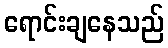
ရောင်းချနေသည်